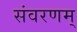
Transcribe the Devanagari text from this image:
संवरणम्